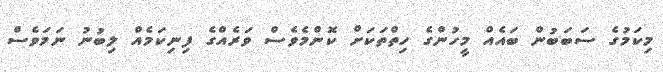
މިކަމުގެ ސަބަބުން ބައެއް މީހުންގެ ހިތްތަކަށް ކޮންމެވެސް ވަރެއްގެ ފިނިކަމެއް ލިބުނު ނަމަވެސް